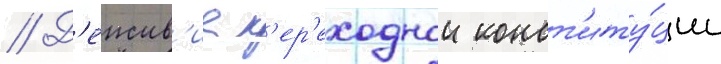
// Д'еиств'ие п'ер'еходнои конст'иту́ции